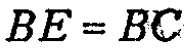
\(BE = BC\)